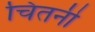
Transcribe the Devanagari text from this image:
चिंतनी